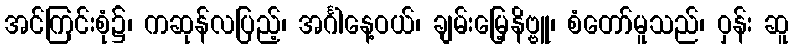
အင်ကြင်းစုံ၌၊ ကဆုန်လပြည့်၊ အင်္ဂါနေ့ဝယ်၊ ချမ်းမြေ့နိဗ္ဗူ၊ စံတော်မူသည်၊ ဝှန်း ဆူ